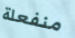
منفعلة